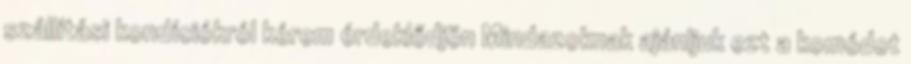
szállítási kondíciókról kérem érdeklődjön Mindazoknak ajánljuk ezt a komódot